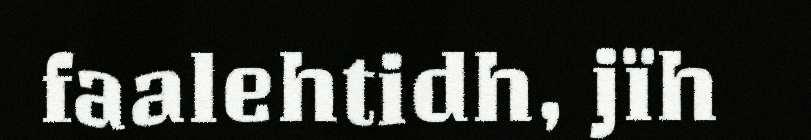
faalehtidh, jïh